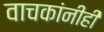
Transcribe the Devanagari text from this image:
वाचकांनीही